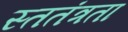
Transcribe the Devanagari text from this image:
स्ततंत्रता